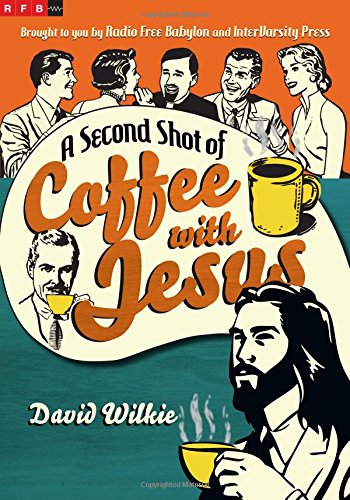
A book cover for A Second Shot of Coffee with Jesus; David Wilkie; Comics & Graphic Novels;